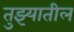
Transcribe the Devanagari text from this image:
तुझ्यातील